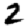
Digit: 2